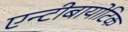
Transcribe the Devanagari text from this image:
एन्टीबायोटिक